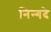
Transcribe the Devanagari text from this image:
निन्गदे